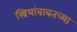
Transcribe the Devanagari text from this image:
स्त्रियांबाबतच्या